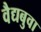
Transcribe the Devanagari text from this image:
वैद्यबुवा